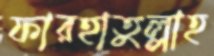
ফারহাতুল্লাহ